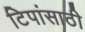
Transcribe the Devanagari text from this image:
टिपांसाठी